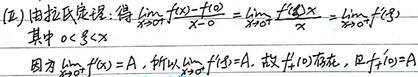
(2) 由拉氏定理，得$\lim_{x \to 0^{+}}\frac{f(x) - f(0)}{x - 0}=\lim_{x \to 0^{+}}\frac{f(x)}{x}=\lim_{x \to 0^{+}}f'(\xi)$，其中$0 < \xi < x$。

因为$\lim_{x \to 0^{+}}f'(x)=A$，所以$\lim_{\xi \to 0^{+}}f'(\xi)=A$。

故$f_{+}'(0)$存在，且$f_{+}'(0)=A$。